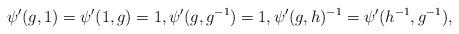
LaTeX: \begin{align*} \psi'(g,1)=\psi'(1,g)=1, \psi'(g,g^{-1})=1, \psi'(g,h)^{-1}=\psi'(h^{-1}, g^{-1}),\end{align*}